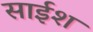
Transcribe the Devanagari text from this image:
साईश